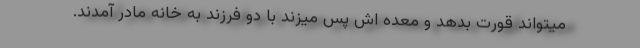
میتواند قورت بدهد و معده اش پس میزند با دو فرزند به خانه مادر آمدند.